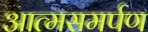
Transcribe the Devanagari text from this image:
आत्‍मसमर्पण